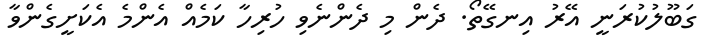
ގަބޫލުކުރަނީ އޭރު އިނގޭތޯ. ދެން މި ދެންނެވި ހުރިހާ ކަމެއް އެންމެ އެކަށީގެންވާ